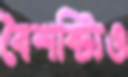
বৈশষ্ট্যিও